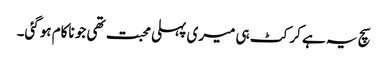
سچ یہ ہے کرکٹ ہی میری پہلی محبت تھی جو ناکام ہوگئی۔